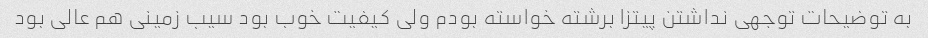
به توضیحات توجهی نداشتن پیتزا برشته خواسته بودم ولی کیفیت خوب بود سیب زمینی هم عالی بود